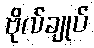
ဗိုလ်ချုပ်